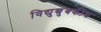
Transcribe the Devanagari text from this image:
विद्युच्चुंबकीथ